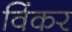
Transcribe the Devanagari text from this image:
विंकर